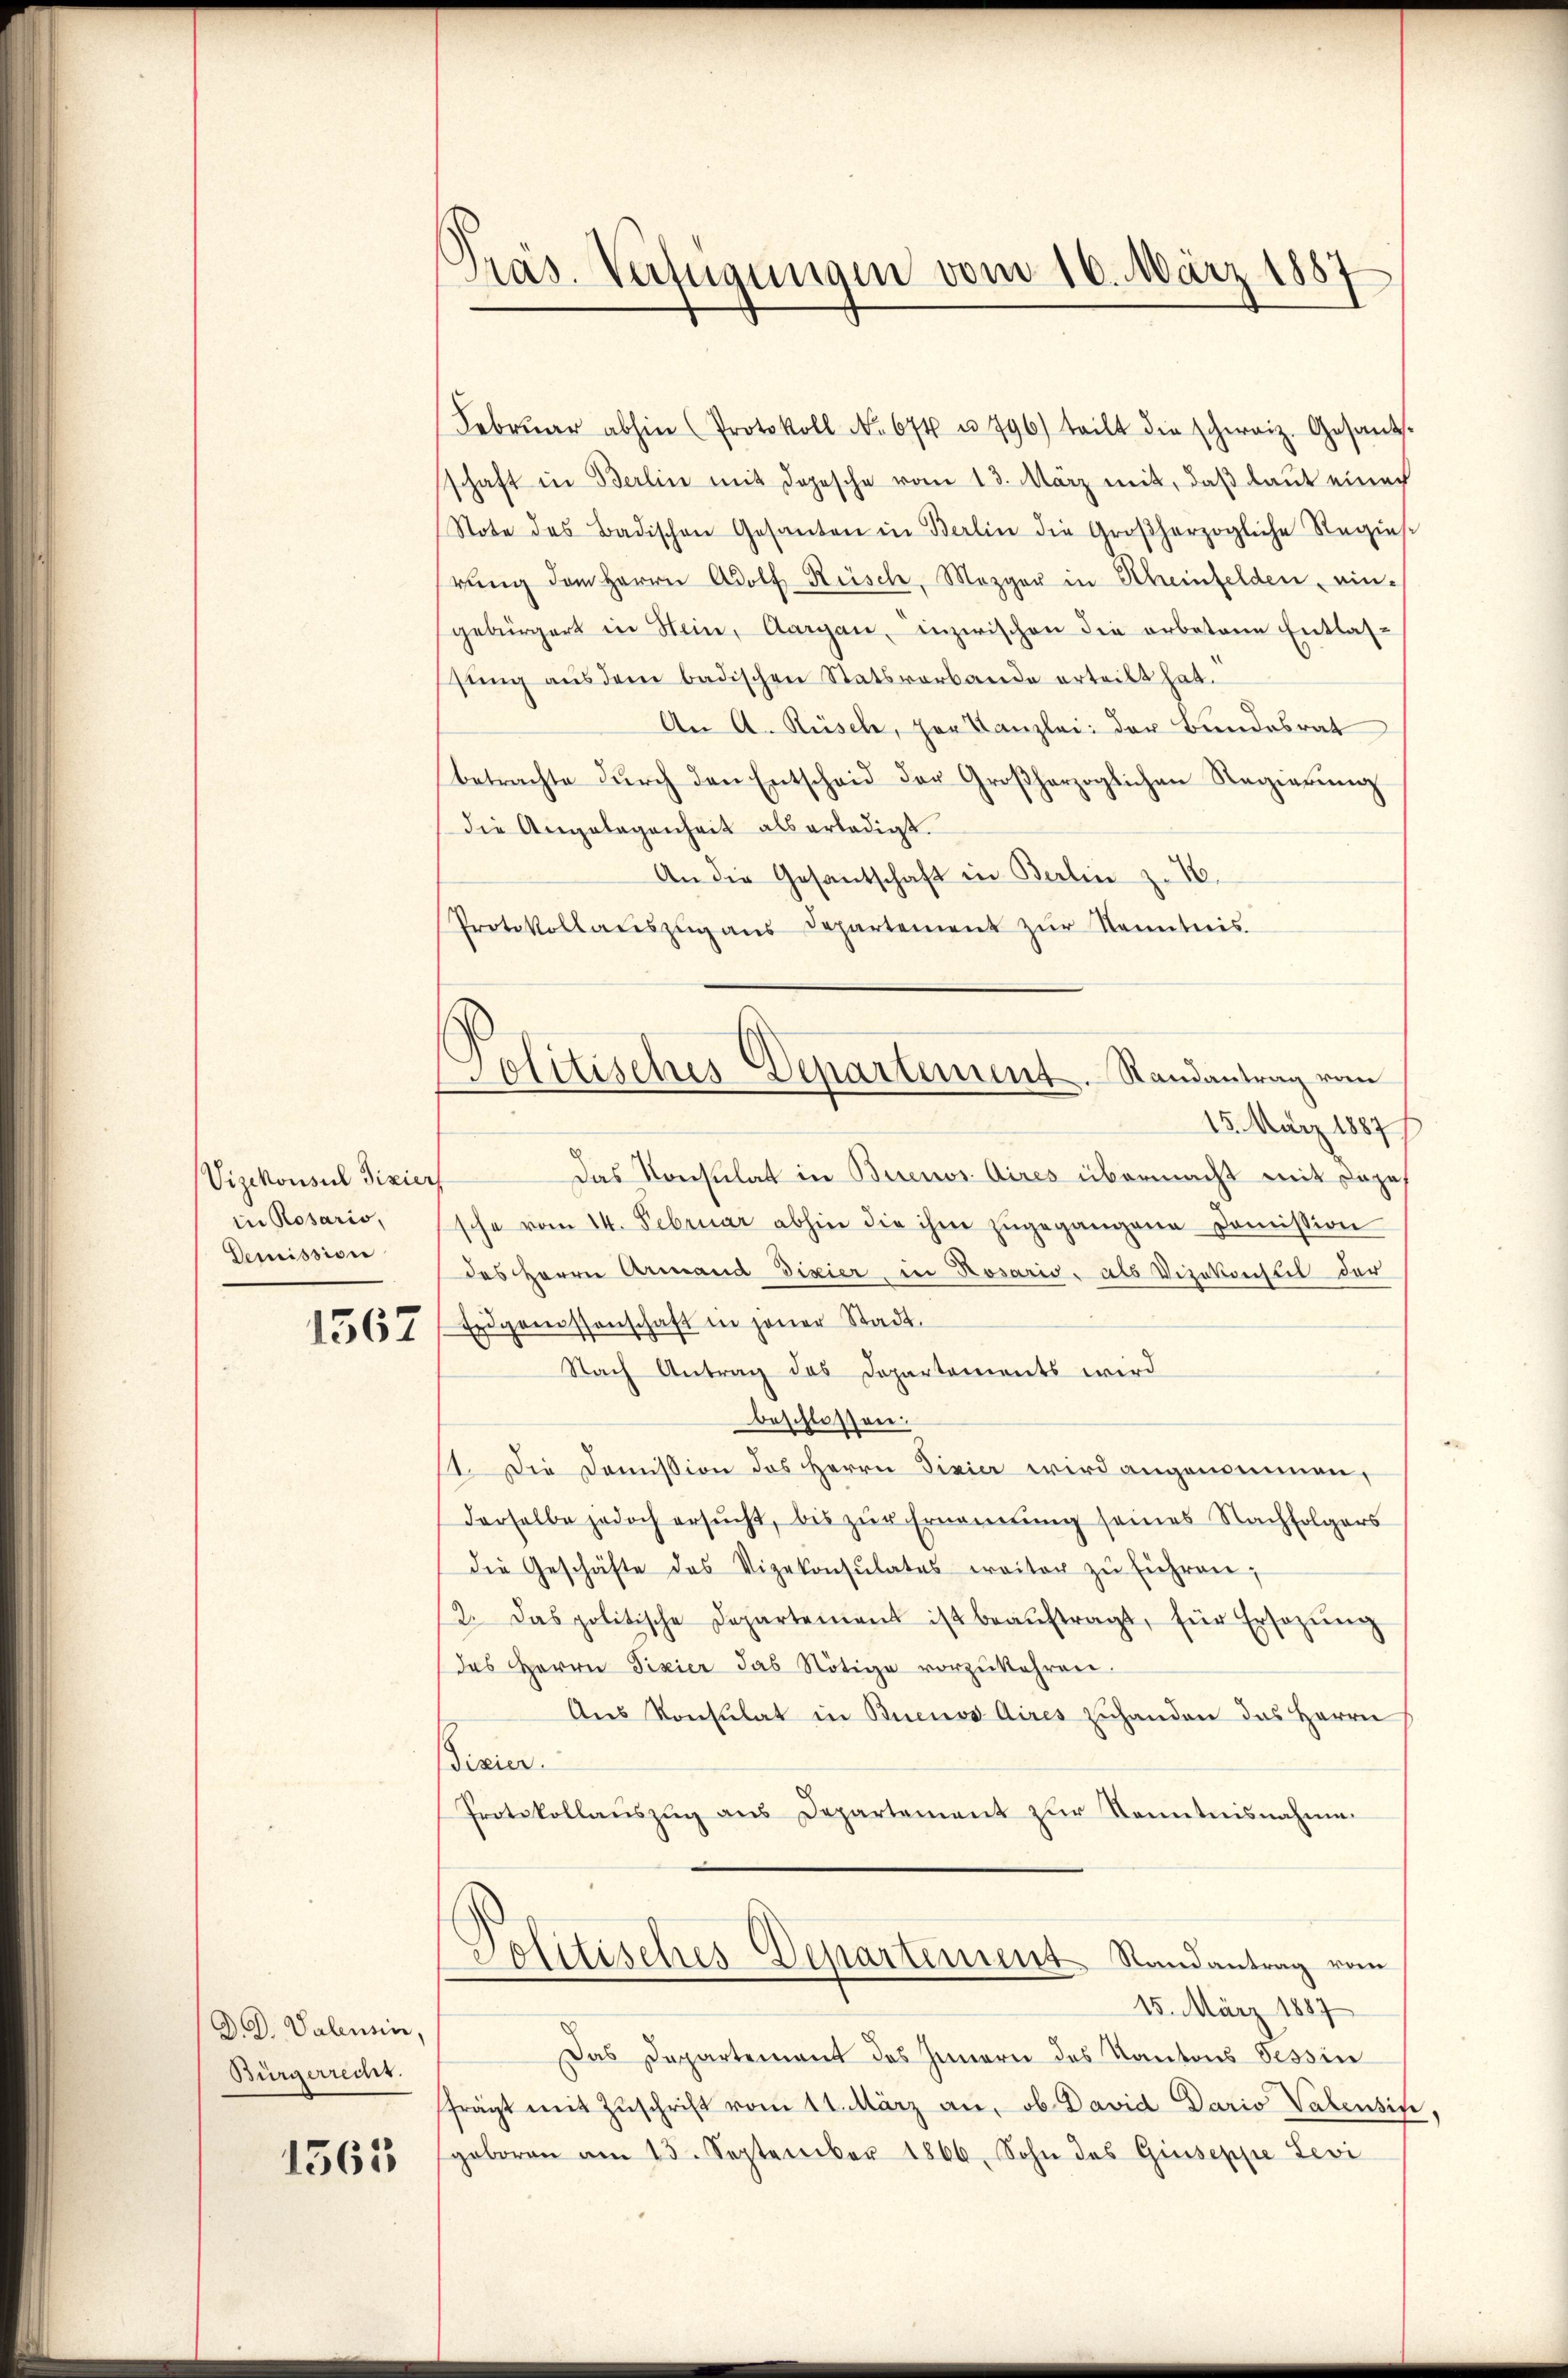
Vizekonsul Fixier
in Rosario,
Demission

1562

AD. Valensin,
Bürgerrecht.
1562

.
Pras. Verfügungen vom 16. März 1887

Politisches Departement. Randantrag vom

Febrŭar abhin (Protokoll No 674 u. 796) teilt die schweiz. Gesant.
schaft in Berlin mit dopesche vom 13. März mit, daß laut einer
Stote des Badischen Gesanten in Berlin die Großherzogliche Regies
rŭng dem Herrn Adolf Rüsch, Mezger in Scheinfelden, ein-
gebürgert in Stein, Aargau, inzwischen die erbetene Entlas-
sung aus dem badischen Statsverbande erteilt hat.
An A. Rüsche, der Kanzlei der Bundesrat
betrachte dŭrch den Entscheid der Großherzoglichen Regierŭng
die Angelegenheit als erledigt.
An die Gesantschaft in Berlin z. 16.
Protokollaŭszŭg aŭs Departement zŭr Kenntnis.
15. März 1887
Das Konsulat in Buenos Aires übermacht mit Tage
sche vom 14. Februar abhin die ihm zŭgegangene Koṁission
des Herrn Armand dixier in Rosario, als Vizekonstil der
Eidgenossenschaft in jener Stadt.
Nach Antrag des Departements wird
beschlossen.
11. Die Doṁission des Herrn Divier wird angenommen,
derselbe jedoch ersŭcht, bis zŭr Ernennung seines Nachfolgers
die Geschäfte des Vizekonsulates ereiter zŭ führen;
2. Das politische Departement ist beaŭftragt, für Ersezŭng
das Herrn Fixier das Nötige vorzukehren.
Aus Konsulat in Buenos Aires zuhanden das Herrn
Disier.
Protokollauszug aus Departement zur Kenntnisnahme
Politisches Departement Randantrag vom
15. März 1887
Das Departement des Innern des Kantons Tessin
frägt mit Zŭschrift vom 11. März an, ob David Dario Valensin
geboren am 13. September 1866. Sohn des Giuseppe Levi